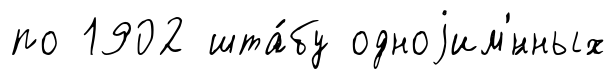
по 1902 шта́бу одноjим'́нных